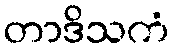
တာဒိသကံ